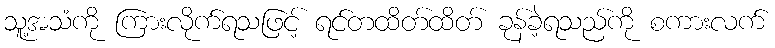
သူ့အသံကို ကြားလိုက်ရသဖြင့် ရင်တထိတ်ထိတ် ခုန်ခဲ့ရသည်ကို စကားလက်